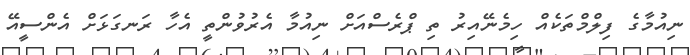
ނިއުމާގެ ފިލްމްތަކެއް ހިމެނޭއިރު ތި ޕްރެސްއަށް ނިއުމާ އެރުވުންތީ އެހާ ރަނގަޅަށް އެންސީއޭ